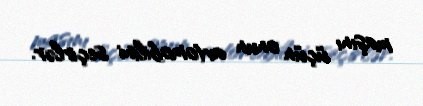
maşını üçün onun avtomobilini seçirlər.